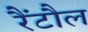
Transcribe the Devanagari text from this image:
रैंटौल